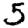
Digit: 5